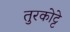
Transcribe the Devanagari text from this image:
तुरकोट्टे